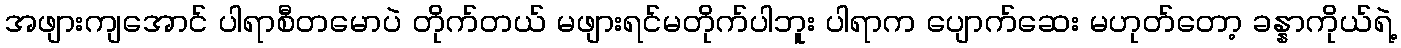
အဖျားကျအောင် ပါရာစီတမောပဲ တိုက်တယ် မဖျားရင်မတိုက်ပါဘူး ပါရာက ပျောက်ဆေး မဟုတ်တော့ ခန္နာကိုယ်ရဲ့